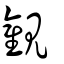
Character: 觀